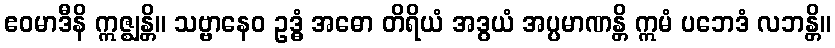
ဧဝမာဒီနိ ဣဇ္ဈန္တိ။ သဗ္ဗာနေဝ ဥဒ္ဓံ အဓော တိရိယံ အဒွယံ အပ္ပမာဏန္တိ ဣမံ ပဘေဒံ လဘန္တိ။